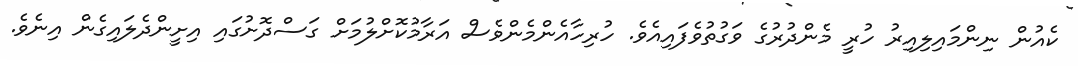
ކެއުން ނިންމައިލިއިރު ހުރީ މެންދުރުގެ ވަގުތުވެފައިއެވެ. ހުރިހާއެންމެންވެސް އަރާމުކޮށްލުމަށް ގަސްދޮށުގައި އިށީންދެލައިގެން އިނެވެ.